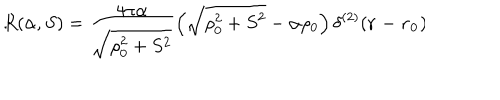
R ( \alpha , S ) = \frac { 4 \pi \alpha } { \sqrt { \rho _ { 0 } ^ { 2 } + S ^ { 2 } } } \left( \sqrt { \rho _ { 0 } ^ { 2 } + S ^ { 2 } } - \alpha \rho _ { 0 } \right) \delta ^ { ( 2 ) } ( { \bf { r } - { r _ { 0 } } ) } \hspace { 1 c m } .